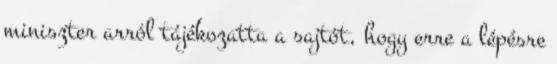
miniszter arról tájékozatta a sajtót, hogy erre a lépésre